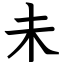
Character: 未